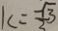
k = \frac { - \sqrt { 3 } } { 3 }